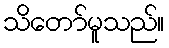
သိတော်မူသည်။